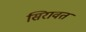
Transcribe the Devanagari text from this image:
सिरावत